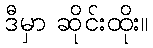
ဒီမှာ ဆိုင်းထိုး။